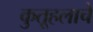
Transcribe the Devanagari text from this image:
कुतूहलाचे